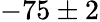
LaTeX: -75\pm 2